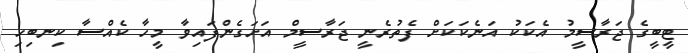
ޓީބީގެ ޖަރާސީމު އެކަކު އަނެކަކަށް ފެތުރެނީ ޖަރާސީމް އަށަގެންފައިވާ މީހާ ކެއްސާ ކިނބިހި